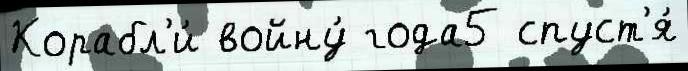
Корабл'и́ войну́ года5 спуст'я́